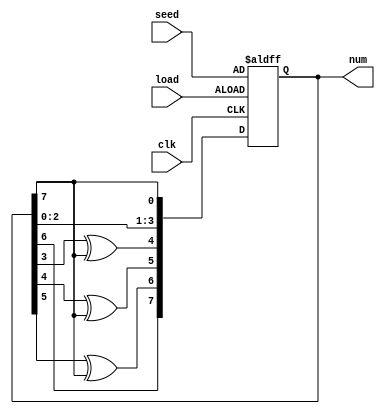
`timescale 1ns / 1ps
//////////////////////////////////////////////////////////////////////////////////
// Company: 
// Engineer: 
// 
// Design Name: 
// Module Name: wam_rdn
// Project Name: 
// Target Devices: 
// Tool Versions: 
// Description: 
// 
// Dependencies: 
// 
// Revision:
// Revision 0.01 - File Created
// Additional Comments:
// 
//////////////////////////////////////////////////////////////////////////////////


module wam_rdn(             // generate 8-bit random number
    input wire clk,
    input wire load,
    input wire [7:0] seed,
    output reg [7:0] num
    );

    always @( posedge clk or posedge load ) begin
        if(load)
            num <= seed;            // load seed
        else begin                  // shift with feed back
            num[0] <= num[7];
            num[1] <= num[0];
            num[2] <= num[1];
            num[3] <= num[2];
            num[4] <= num[3]^num[7];
            num[5] <= num[4]^num[7];
            num[6] <= num[5]^num[7];
            num[7] <= num[6];
        end
    end
endmodule // wam_rdn